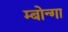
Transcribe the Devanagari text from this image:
म्बोन्गा